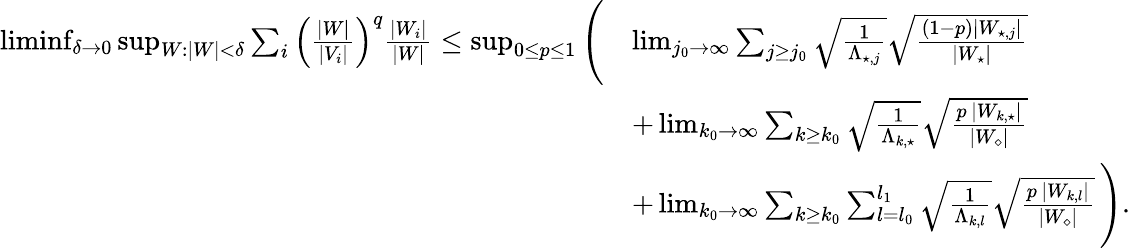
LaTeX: \begin{array}{rl}{\operatorname*{liminf}_{\delta\to 0}\operatorname*{sup}_{W:|W|<\delta}\sum_{i}\left(\frac{|W|}{|V_{i}|}\right)^{q}\frac{|W_{i}|}{|W|}\leq\operatorname*{sup}_{0\leq p\leq 1}\Bigg(}&{\operatorname*{lim}_{j_{0}\to\infty}\sum_{j\geq j_{0}}\sqrt{\frac{1}{\Lambda_{\star,j}}}\sqrt{\frac{(1-p)|W_{\star,j}|}{|W_{\star}|}}}\\ &{+\operatorname*{lim}_{k_{0}\to\infty}\sum_{k\geq k_{0}}\sqrt{\frac{1}{\Lambda_{k,\star}}}\sqrt{\frac{p\, |W_{k,\star}|}{|W_{\diamond}|}}}\\ &{+\operatorname*{lim}_{k_{0}\to\infty}\sum_{k\geq k_{0}}\sum_{l=l_{0}}^{l_{1}}\sqrt{\frac{1}{\Lambda_{k,l}}}\sqrt{\frac{p\, |W_{k,l}|}{|W_{\diamond}|}}\, \Bigg).}\end{array}